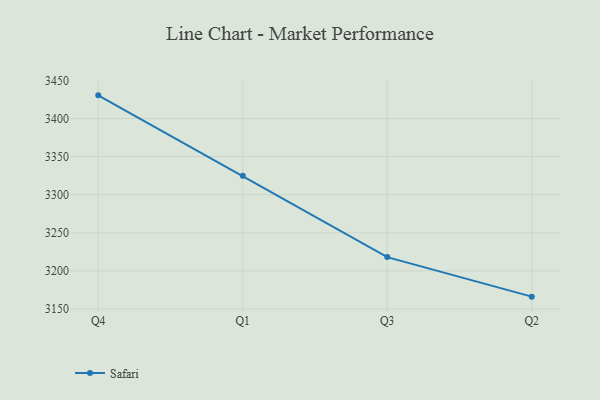
{"axis": {"x": "Quarter", "y": "Inventory Turnover"}, "legend": ["Safari"], "data": [{"x": "Q4", "y": 3430.3, "type": "Safari"}, {"x": "Q1", "y": 3324.7, "type": "Safari"}, {"x": "Q3", "y": 3218.1, "type": "Safari"}, {"x": "Q2", "y": 3166.2, "type": "Safari"}]}